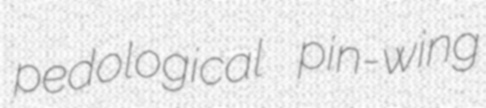
pedological pin-wing